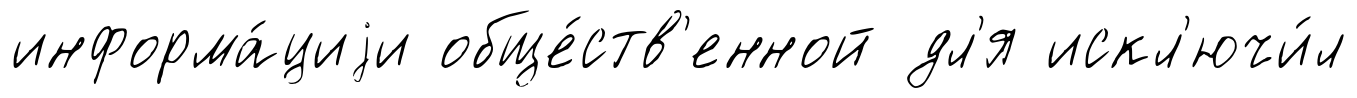
информа́циjи обще́ств'енной дл'я искл'ючи́л